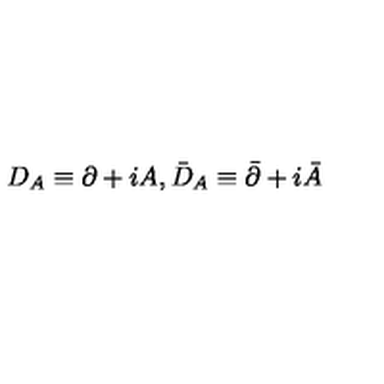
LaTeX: D _ { A } \equiv \partial + i A , \bar { D } _ { A } \equiv \bar { \partial } + i \bar { A }